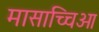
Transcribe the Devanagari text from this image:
मासाच्चिओ